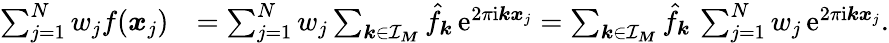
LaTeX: \begin{array}{rl}{\sum_{j=1}^{N}w_{j}f(\boldsymbol x_{j})}&{=\sum_{j=1}^{N}w_{j}\sum_{\boldsymbol k\in\mathcal I_{\boldsymbol M}}\hat{f}_{\boldsymbol k}\, \mathrm e^{2\pi\mathrm i\boldsymbol k\boldsymbol x_{j}}=\sum_{\boldsymbol k\in\mathcal I_{\boldsymbol M}}\hat{f}_{\boldsymbol k}\, \sum_{j=1}^{N}w_{j}\, \mathrm e^{2\pi\mathrm i\boldsymbol k\boldsymbol x_{j}}.}\end{array}